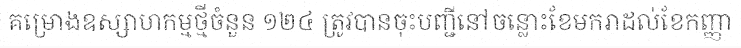
គម្រោងឧស្សាហកម្មថ្មីចំនួន ១២៤ ត្រូវបានចុះបញ្ជីនៅចន្លោះខែមករាដល់ខែកញ្ញា